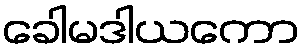
ခေါမဒါယကော